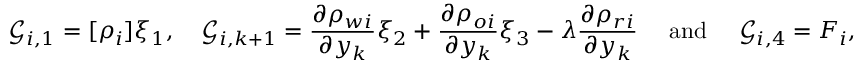
\mathcal { G } _ { i , 1 } = [ \rho _ { i } ] \xi _ { 1 } , \quad \mathcal { G } _ { i , k + 1 } = \frac { \partial \rho _ { w i } } { \partial y _ { k } } \xi _ { 2 } + \frac { \partial \rho _ { o i } } { \partial y _ { k } } \xi _ { 3 } - \lambda \frac { \partial \rho _ { r i } } { \partial y _ { k } } \quad \mathrm { ~ a n d ~ } \quad \mathcal { G } _ { i , 4 } = F _ { i } ,